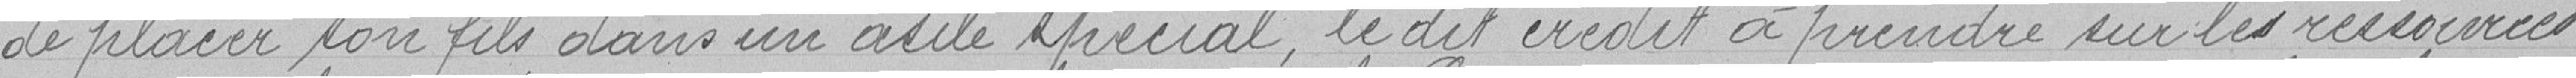
de placer son fils dans un asile spécial, le dit crédit à prendre sur les ressources